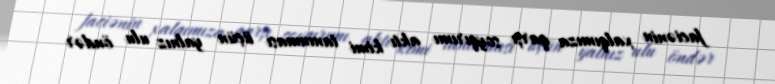
faciənin xalqımıza qarşı soyqırımı aktı kimi tanınması üçün yalnız ulu öndər